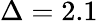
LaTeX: \Delta=2.1